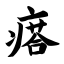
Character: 瘩